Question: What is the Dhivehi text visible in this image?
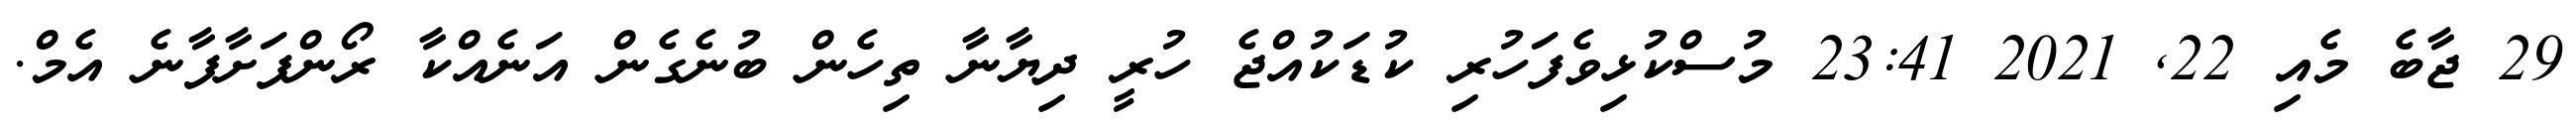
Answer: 29 ޖާބެ މެއި 22, 2021 23:41 މުސްކުޅިވެފަހުރި ކުޑަކުއްޖެ ހުރީ ދިޔާނާ ތިހެން ބުނެގެން އަނެއްކާ ރޯންފަށާފާނެ އެމް.